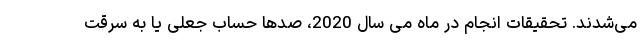
می‌شدند. تحقیقات انجام در ماه می سال 2020، صدها حساب جعلی یا به سرقت